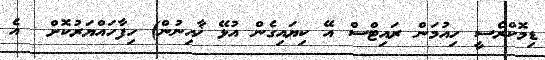
ޑިމޮކްރެސީ ހިއުމަން ރައިޓްސް އޭ ކިޔައިގެން އުޅޭ ޚާއިނުން) ހިފާހައްޔަރުކޮށް  އެ